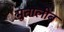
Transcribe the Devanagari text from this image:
मुतालीब